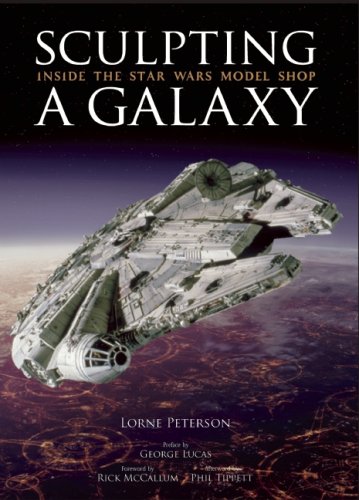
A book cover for Sculpting a Galaxy: Inside the Star Wars Model Shop; Lorne Peterson; Humor & Entertainment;